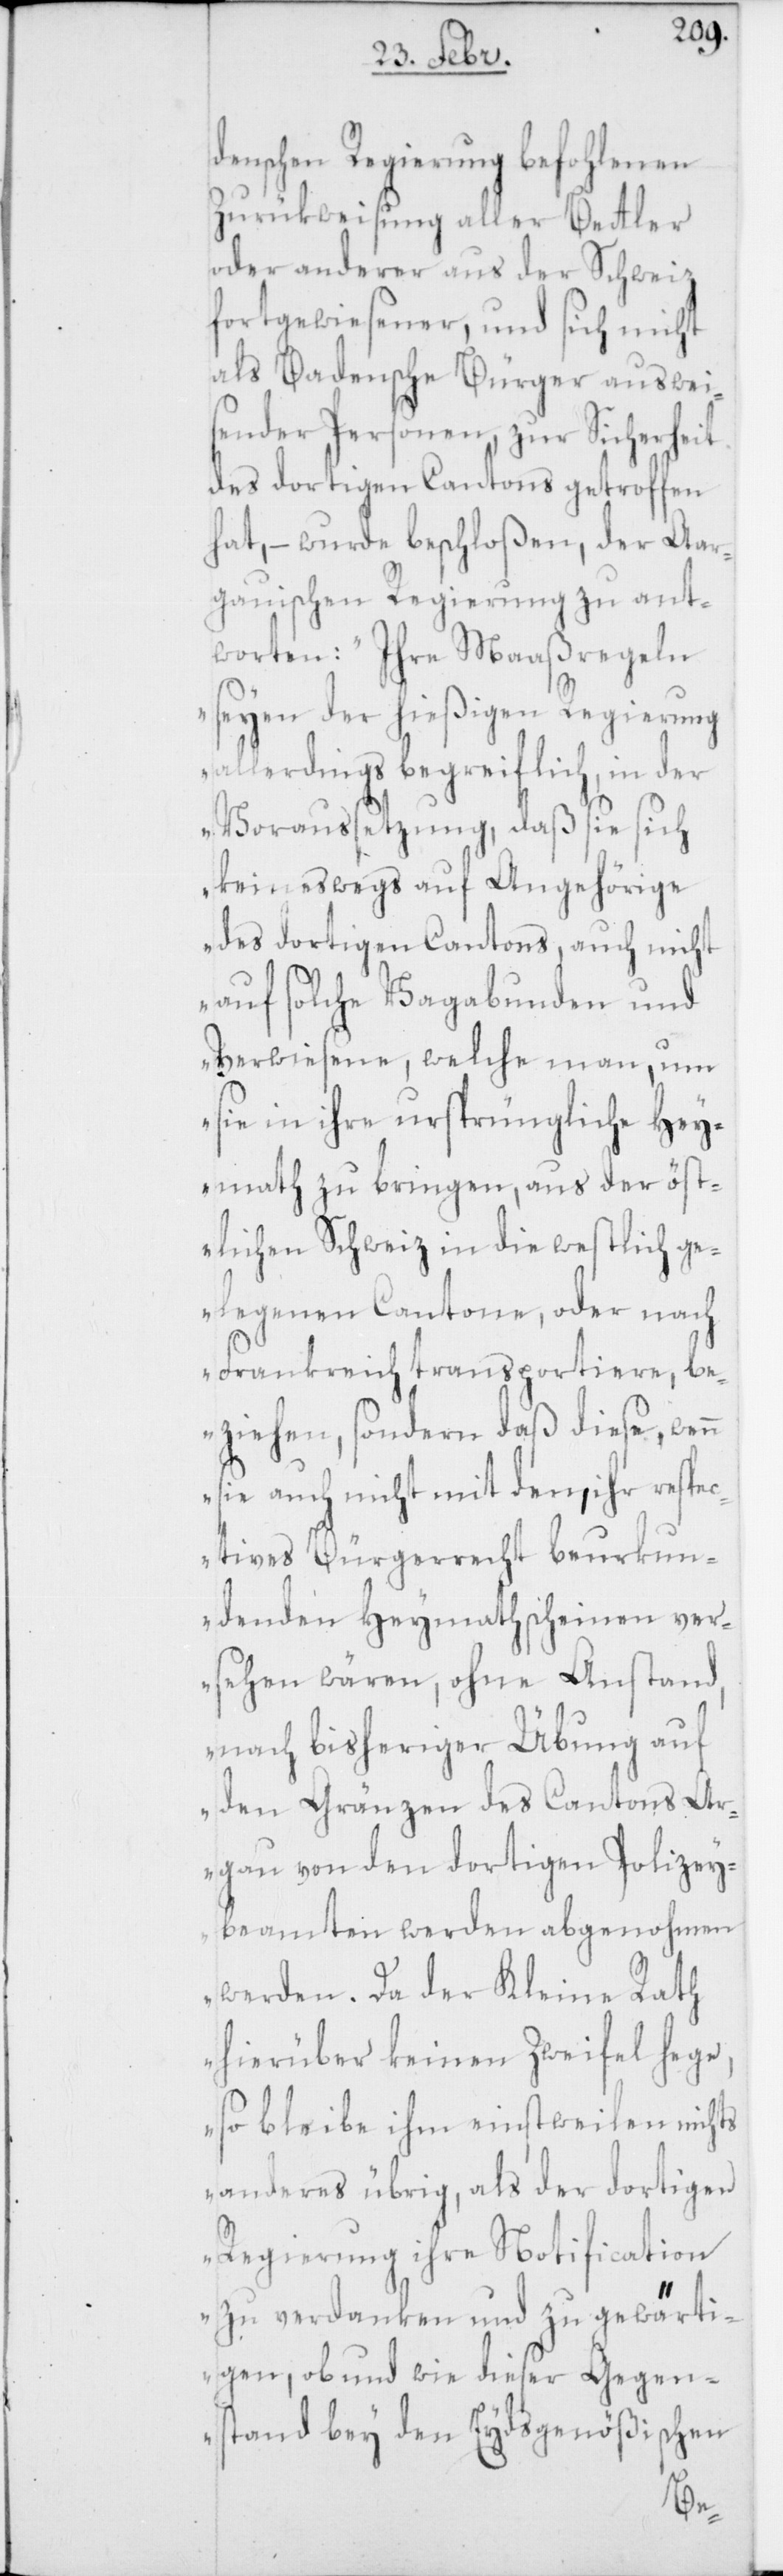
denschen Regierung befohlenen
Zurükweisung aller Betler
oder anderer aus der Schweiz
Fortgewiesener, und sich nicht
als Badensche Bürger auswei¬
sender Personen, zur Sicherheit
des dortigen Cantons getroffen
hat, – wurde beschloßen, der Aar¬
gauischen Regierung zu ant¬
worten: „Ihre Maaßregeln
seyen der hießigen Regierung
allerdings begreiflich, in der
Voraussetzung, daß sie sich
keineswegs auf Angehörige
des dortigen Cantons, auch nicht
auf solche Vagabunden und
Verwiesene, welche man, um
sie in ihre ursprüngliche Hey¬
math zu bringen, aus der öst¬
lichen Schweiz in die westlich ge¬
legenen Cantone, oder nach
Frankreich transportiere, be¬
ziehen, sondern daß diese, wenn
sie auch nicht mit den, ihr respe¬
ctives Bürgerrecht beurkun¬
denden Heymathscheinen ver¬
sehen wären, ohne Anstand,
nach bisheriger Übung auf
den Gränzen des Cantons Ar¬
gau von den dortigen Polizey¬
beamten werden abgenohmen
werden. Da der Kleine Rath
hierüber keinen Zweifel hege,
so bleibe ihm einstweilen nichts
anderes übrig, als der dortigen
Regierung ihre Notification
zu verdanken und zu gewärti¬
gen, ob und wie dieser Gegen¬
stand bey den Eydsgenößischen